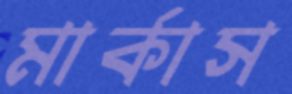
মার্কাস